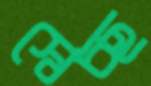
স্বেচ্ছ